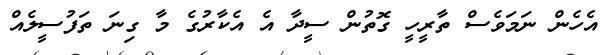
އެހެން ނަމަވެސް ތާރީހީ ގޮތުން ސީދާ އެ އެކާރުގެ މާ ގިނަ ތަފުސީލެއް